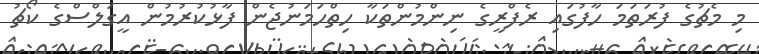
މި މެޗުގެ ފުރަތަމަ ހާފުގަައި ރެފްރީގެ ނިންމުންތަކާ ހިތްހަމަނުޖެން ފާޅުކުރުމުން އީގަލްސްގެ ކޯޗު